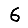
Digit: 6